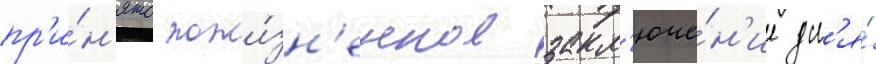
пр'и́н'ято пожи́зн'енное закл'юче́н'ие дл'я́